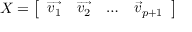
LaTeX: X = { \left[ \begin{array} { l l l l } { { \overrightarrow { v _ { 1 } } } } & { { \overrightarrow { v _ { 2 } } } } & { \dots } & { { \overrightarrow { v } } _ { p + 1 } } \end{array} \right] }